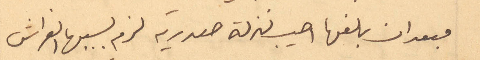
فبعد ان بلغها أصيب بنزلة صدرية لزم لسببها الفراش